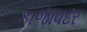
કાજાવદર